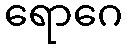
ရောဂေ